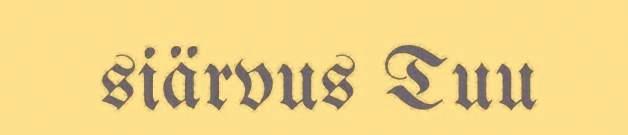
siärvus Tuu